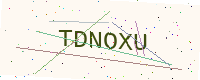
Text: TDNOXU